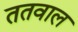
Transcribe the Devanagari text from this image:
ततवाल